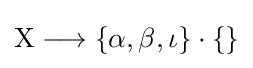
\mathrm {X} \longrightarrow \{\alpha ,\beta ,\iota \}\cdot \{\}